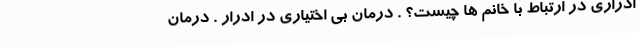
ادراری در ارتباط با خانم ها چیست؟ . درمان بی اختیاری در ادرار . درمان